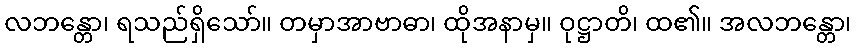
လဘန္တော၊ ရသည်ရှိသော်။ တမှာအာဗာဓာ၊ ထိုအနာမှ။ ဝုဋ္ဌာတိ၊ ထ၏။ အလဘန္တော၊